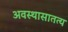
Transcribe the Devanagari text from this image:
अवस्थासातत्य